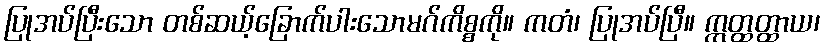
ပြုအပ်ပြီးသော တစ်ဆယ့်ခြောက်ပါးသောမဂ်ကိစ္စကို။ ကတံ၊ ပြုအပ်ပြီ။ ဣတ္ထတ္ထာယ၊